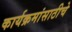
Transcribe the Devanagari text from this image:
कार्यक्रमांसाठीचे